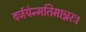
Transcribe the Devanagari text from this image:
वर्जयेन्मतिमान्नरः।